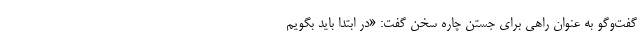
گفت‌و‌گو به عنوان راهی برای جستن چاره سخن گفت: «در ابتدا باید بگویم